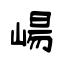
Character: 崵